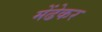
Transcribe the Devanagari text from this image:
मेंढेकर